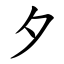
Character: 夕